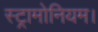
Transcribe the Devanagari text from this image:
स्ट्रामोनियम।